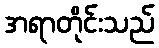
အရာတိုင်းသည်